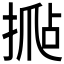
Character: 𰔍